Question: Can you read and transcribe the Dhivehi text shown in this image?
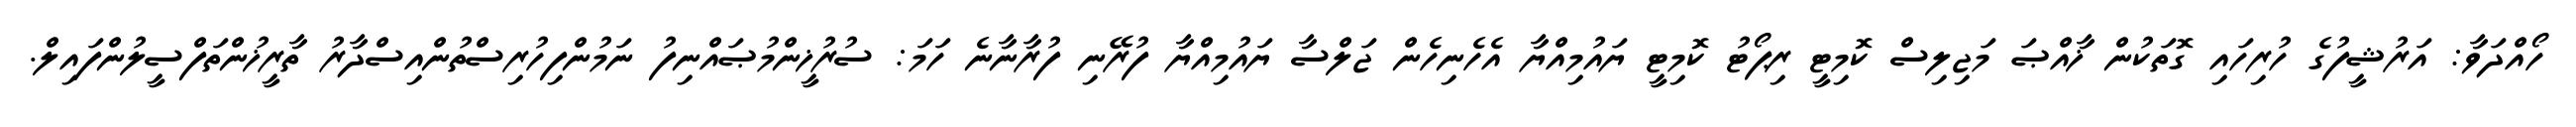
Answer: ހޯއްދަވާ: އަރުޝީފުގެ ހުރިހައި ގޮތަކުން ޚާއްޞަ މަޖިލިސް ކޮމިޓީ ރިޕޯޓު ކޮމިޓީ ޔައުމިއްޔާ އެހެނިހެން ޖަލްސާ ޔައުމިއްޔާ ފުރޭނި ފުރާނާނެ ހަމަ: ސުރުޚީންމުޞައްނިފު ނަމުންފިހުރިސްތުންއިސްދާރު ތާރީޚުންތަފްސީލުންފައިލް.